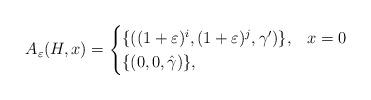
LaTeX: \begin{align*}A_{\varepsilon}(H,x) =\begin{cases}\{((1+\varepsilon)^i, (1+\varepsilon)^j, \gamma')\}, & x = 0\\\{(0,0, \hat{\gamma})\}, & \end{cases}\end{align*}